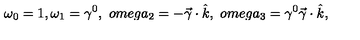
\omega _ { 0 } = 1 , \omega _ { 1 } = \gamma ^ { 0 } , \ o m e g a _ { 2 } = - \vec { \gamma } \cdot \hat { k } , \ o m e g a _ { 3 } = \gamma ^ { 0 } \vec { \gamma } \cdot \hat { k } ,